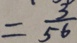
= \frac { 3 } { 5 6 }